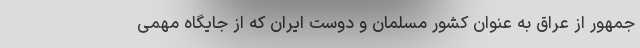
جمهور از عراق به عنوان کشور مسلمان و دوست ایران که از جایگاه مهمی